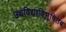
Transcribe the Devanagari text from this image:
उच्चविद्याविभूषितब